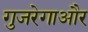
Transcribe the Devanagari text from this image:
गुजरेगाऔर